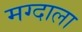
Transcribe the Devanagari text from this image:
मग्दाला